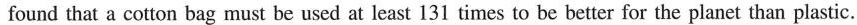
found that a cotton bag must be used at least 131 times to be better for the planet than plastic.